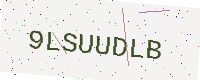
Text: 9LSUUDLB